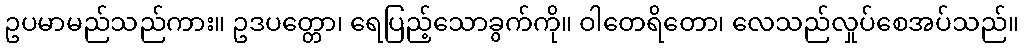
ဥပမာမည်သည်ကား။ ဥဒပတ္တော၊ ရေပြည့်သောခွက်ကို။ ဝါတေရိတော၊ လေသည်လှုပ်စေအပ်သည်။